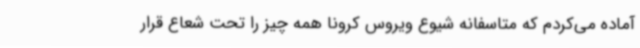
آماده می‌کردم که متاسفانه شیوع ویروس کرونا همه چیز را تحت شعاع قرار